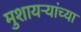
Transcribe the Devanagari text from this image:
मुशायऱ्यांच्या